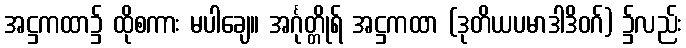
အဋ္ဌကထာ၌ ထိုစကား မပါချေ။ အင်္ဂုတ္တိုရ် အဋ္ဌကထာ (ဒုတိယပမာဒါဒိဝဂ်) ၌လည်း